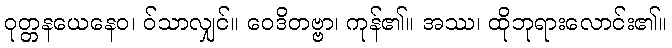
ဝုတ္တနယေနေဝ၊ ဝ်သာလျှင်။ ဝေဒိတဗ္ဗာ၊ ကုန်၏။ အဿ၊ ထိုဘုရားလောင်း၏။